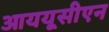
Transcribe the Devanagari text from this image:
आययूसीएन